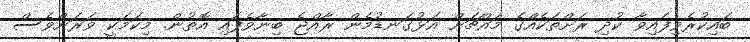
ބައިކުރެވިފައިވާ ކުދި ރަށްތަކެއްގެ މައްޗަށް އަޅުގަނޑުމެން ރާއްޖެ ބިނާވެފައި އޮތުން. މިކަމަކީ ވަރަށްވެސް